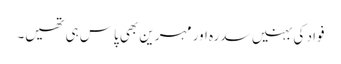
فواد کی بہنیں سدرہ اور مہرین بھی پاس ہی تھیں۔